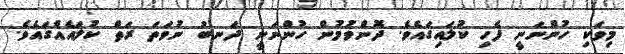
މިވަކި ހުންނަނީ ފެހި ކުލައިގައެވެ. ދޮންވުމުން ހުންނަނީ ދަނބު ނުވަތަ ރަތް ކުލައެއްގައެވެ.